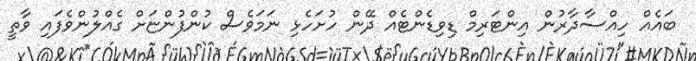
ބައެއް ހިއްސާދާރުން އިންޓަރިމް ޑިވިޑެންޓެއް ދޭން ހުށަހެޅި ނަމަވެސް ކުންފުންޏަށް ގެއްލުންވެފައި ވާތީ